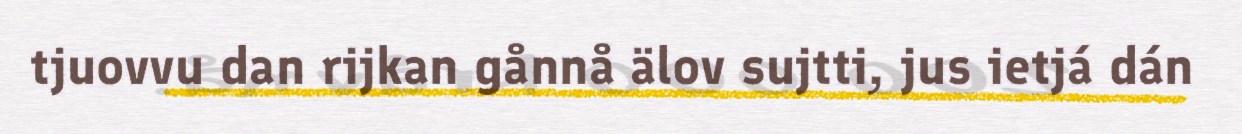
tjuovvu dan rijkan gånnå älov sujtti, jus ietjá dán